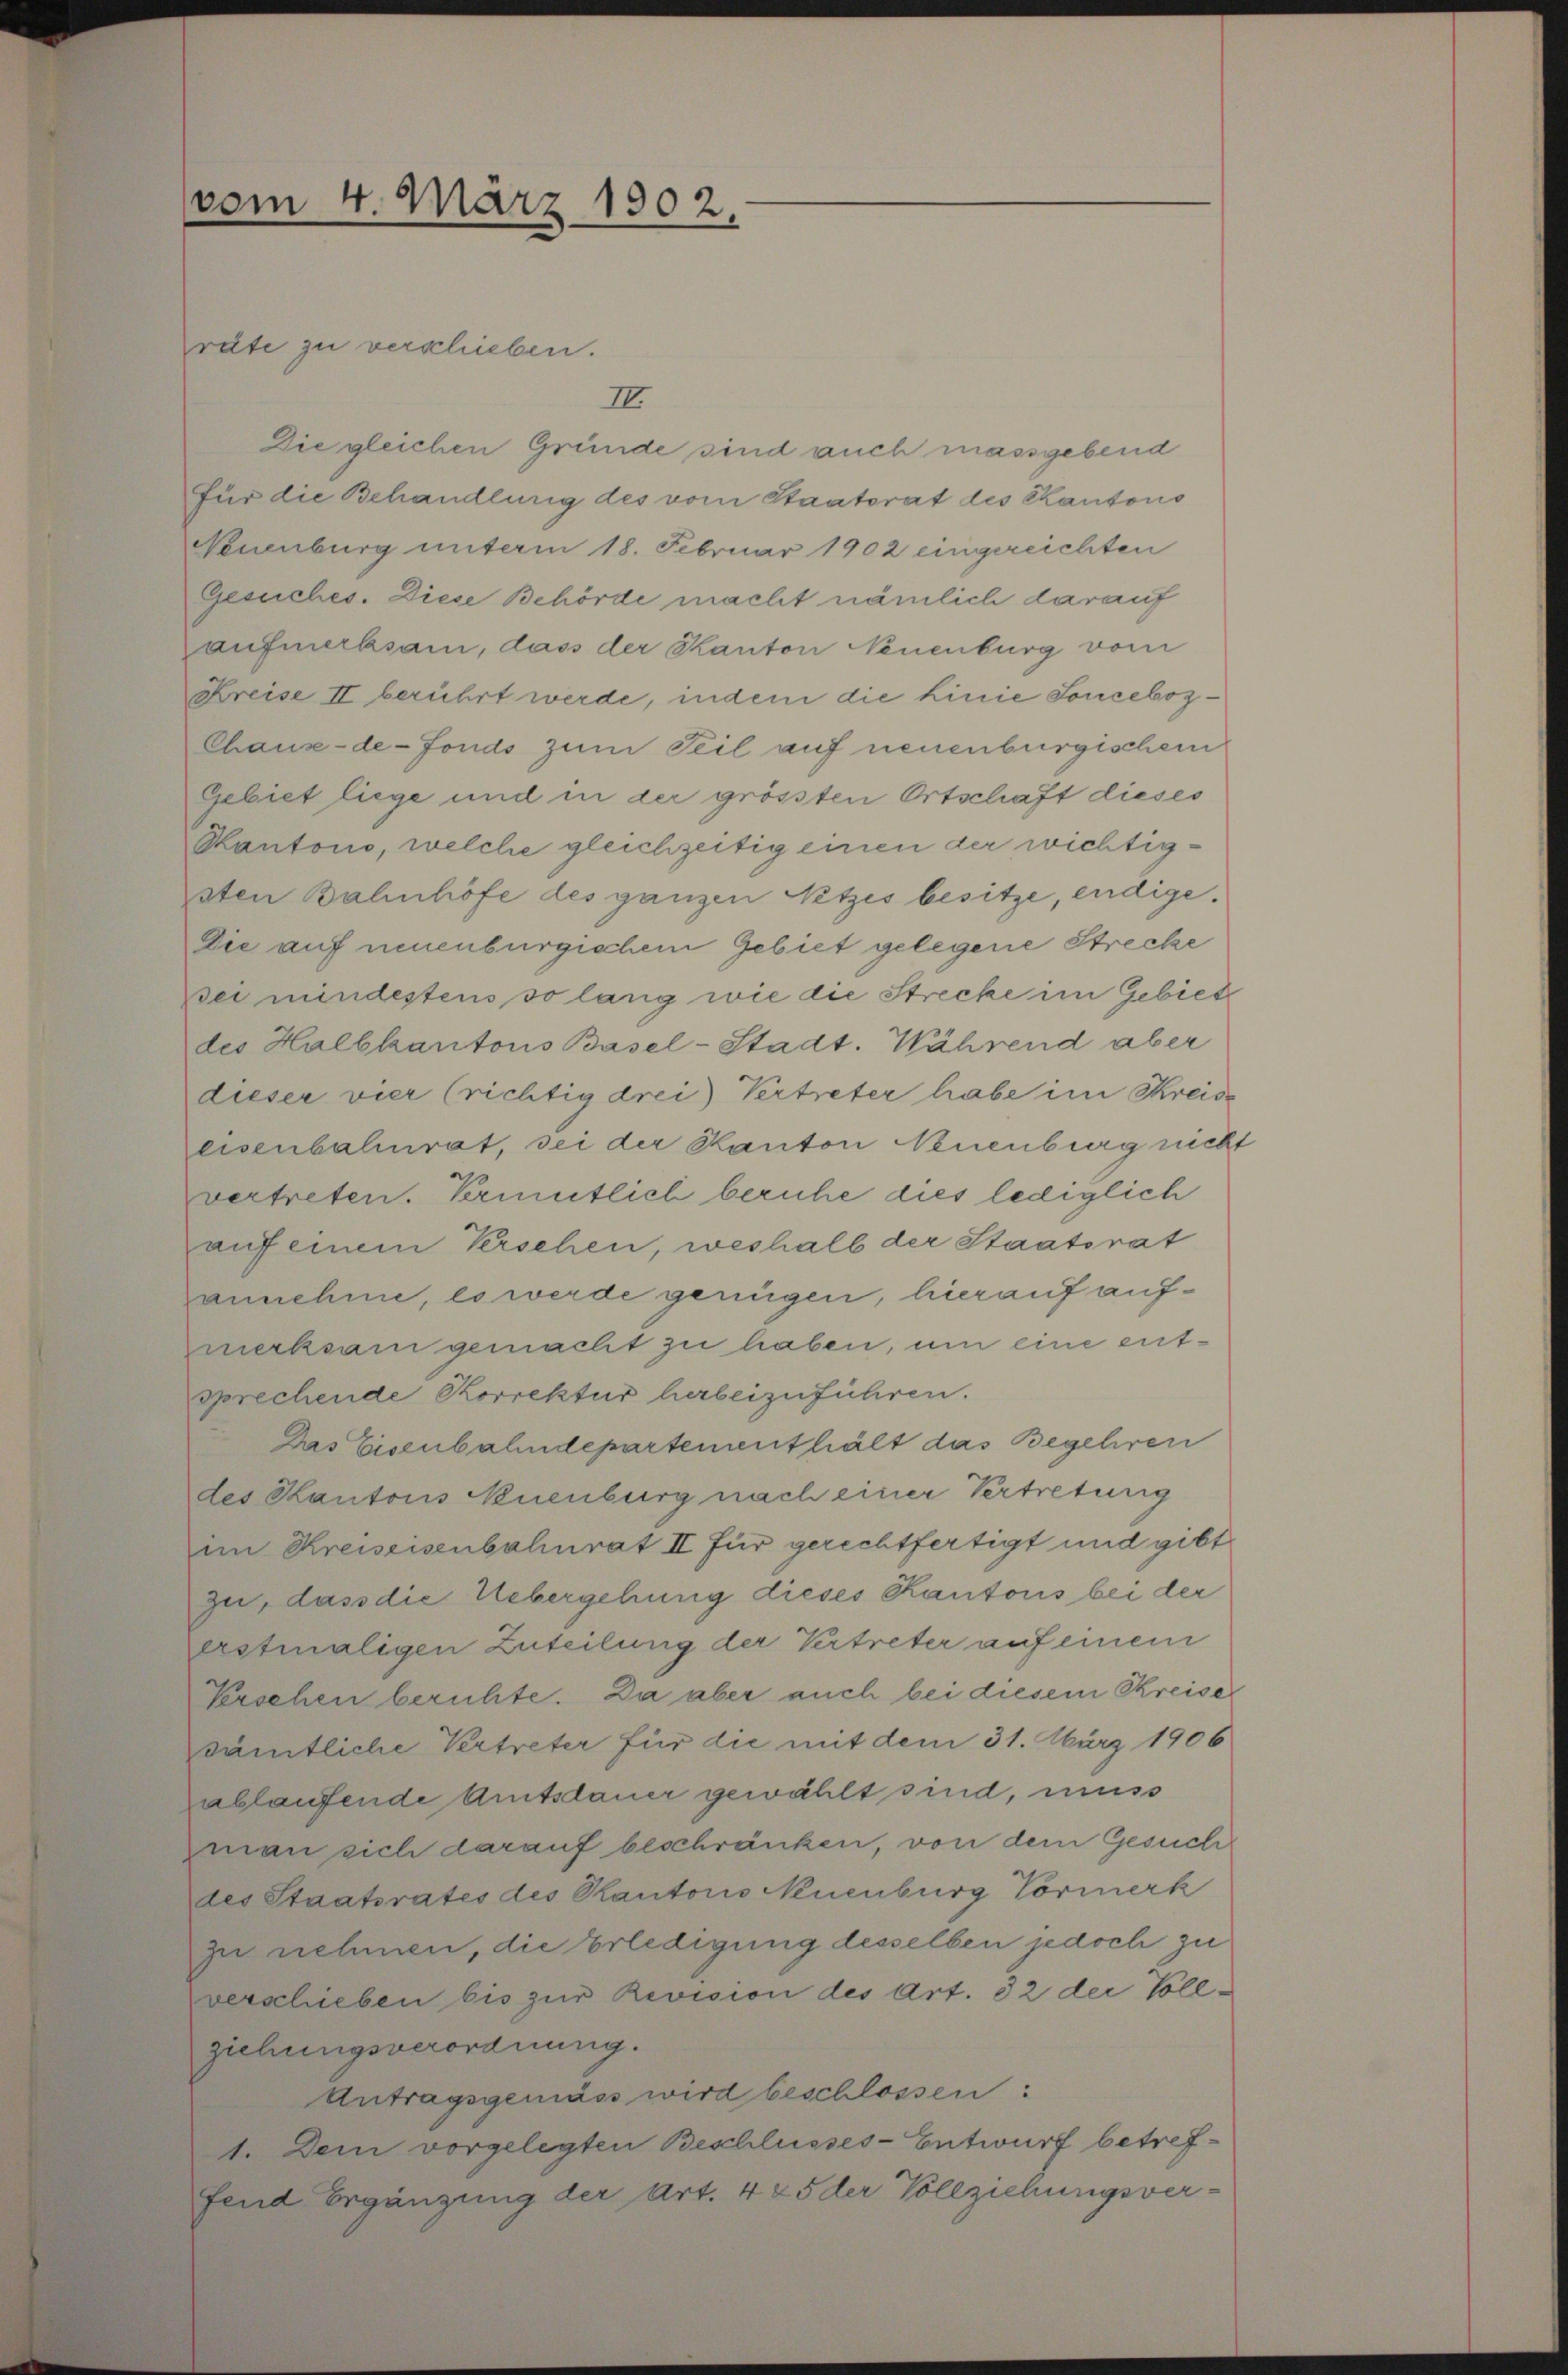
vom 4. März 1902.

räte zu verschieben.
II.
Die gleichen Gründe sind auch massgebend
für die Behandlung des vom Staatsrat des Kantons
Neuenburg unterm 18. Februar 1902 eingereichten
Gesuches. Diese Behörde macht nämlich darauf
aufmerksam, dass der Kanton Neuenburg vom
Kreise II berührt werde, indem die Linie Sonceboz¬
Chaux-de-Fonds zum Teil auf neuenburgischem
Gebiet liege und in der grössten Ortschaft dieses
Kantono, welche gleichzeitig einen der wichtigsten Bahnhöfe des ganzen Netzes besitze, endige.
Die auf neuenburgischem Gebiet gelegene Strecke
sei mindestens so lang wie die Strecke im Gebiete
des Halbkantons Basel-Stadt. Während aber
dieser vier (richtig drei Vertreter habe im Kreise
eisenbalrat, sei der Kanton Neuenburg nicht
vertreten. Verantlich beruhe dies lediglich
auf einem Verschen, weshalb der Staatsrat
annehme, es werde genügen, hierauf aufmerksam gemacht zu haben, um eine entsprechende Korrektur herbeizuführen.
Das Eisenbahndepartementhält das Begehren
des Kantons Neuenburg nach einer Vertretung
im Kreiseisenbahnrat II für gerechtfertigt und gibt
zu, dass die Uebergehung dieses Kantons bei der
erstmaligen Zuteilung der Vertreter auf einem
Verschen beruhte. Da aber auch bei diesem Kreise
sämtliche Vertreter für die mit dem 31. März 1906
ablaufende Amtsdauer gewählt sind, muss
man sich darauf beschränken, von dem Gesuch
des Staatsrates des Rautoris Neuenburg Vormerk
zu nehmen, die Erledigung desselben jedoch zu
verschieben bis zur Revision des Art. 32 der Vollziehungsverordnung.
Antragsgemäss wird beschlossen:
1. Dem vorgelegten Beschlusses-Entwurf betreffend Ergänzung der Art. 425 der Vollziehungsver-